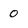
Character: 0